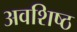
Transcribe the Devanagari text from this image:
अवशिष्ठ